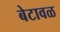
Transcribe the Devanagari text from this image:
बेटावळ